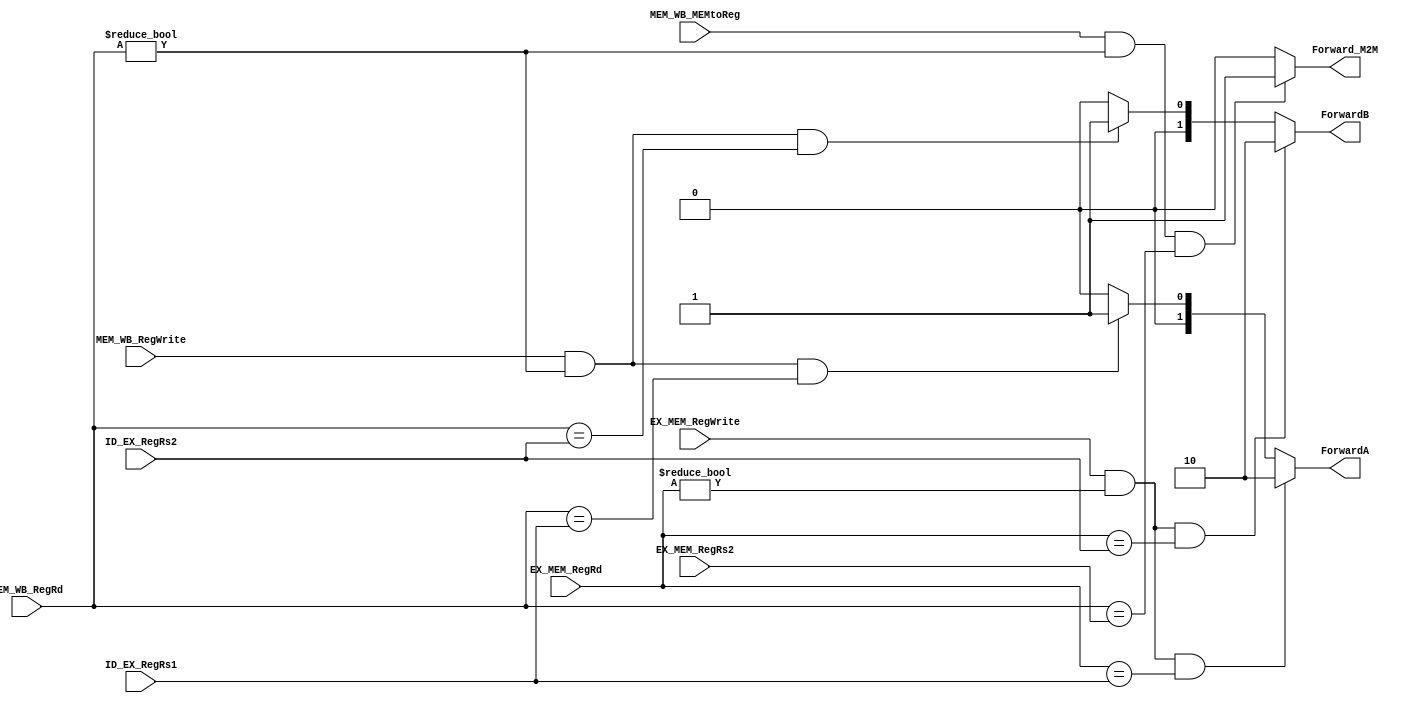
module Forwarding(	EX_MEM_RegWrite,
							EX_MEM_RegRd,
							MEM_WB_RegWrite,
							MEM_WB_RegRd,
							ID_EX_RegRs1,
							ID_EX_RegRs2,
							MEM_WB_MEMtoReg,
							EX_MEM_RegRs2,
							ForwardA,
							ForwardB,
							Forward_M2M
							);
							
input wire EX_MEM_RegWrite;
input wire[4:0] EX_MEM_RegRd;

input wire MEM_WB_RegWrite;
input wire[4:0] MEM_WB_RegRd;

input wire[4:0] ID_EX_RegRs1;
input wire[4:0] ID_EX_RegRs2;

input wire MEM_WB_MEMtoReg;
input wire[4:0] EX_MEM_RegRs2;

output reg[1:0] ForwardA;
output reg[1:0] ForwardB;
output reg Forward_M2M;

always @(*)
begin
	if(EX_MEM_RegWrite & (EX_MEM_RegRd != 5'd0) & (EX_MEM_RegRd == ID_EX_RegRs1)) 
		begin
			ForwardA <= 2'b10;
		end
	else if (MEM_WB_RegWrite & (MEM_WB_RegRd != 5'd0) & (MEM_WB_RegRd == ID_EX_RegRs1))
				begin
					ForwardA <= 2'b01;
				end
			else 
				begin
					ForwardA <= 2'b00;
				end
end

always @(*)
begin
	if(EX_MEM_RegWrite & (EX_MEM_RegRd != 5'd0) & (EX_MEM_RegRd == ID_EX_RegRs2)) 
		begin
			ForwardB <= 2'b10;
		end
	else if (MEM_WB_RegWrite & (MEM_WB_RegRd != 5'd0) & (MEM_WB_RegRd == ID_EX_RegRs2))
				begin
					ForwardB <= 2'b01;
				end
			else 
				begin
					ForwardB <= 2'b00;
				end
end
							
always @(*)
begin
	if(MEM_WB_MEMtoReg & (MEM_WB_RegRd != 5'd0) & (MEM_WB_RegRd == EX_MEM_RegRs2))
		begin
			Forward_M2M <= 1'b1;
		end
	else
		begin
			Forward_M2M <= 1'b0;
		end
end
				
endmodule